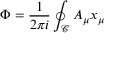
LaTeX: \Phi = \frac { 1 } { 2 \pi i } \oint _ { \mathcal C } A _ { \mu } \d x _ { \mu }